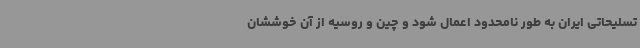
تسلیحاتی ایران به طور نامحدود اعمال شود و چین و روسیه از آن خوششان